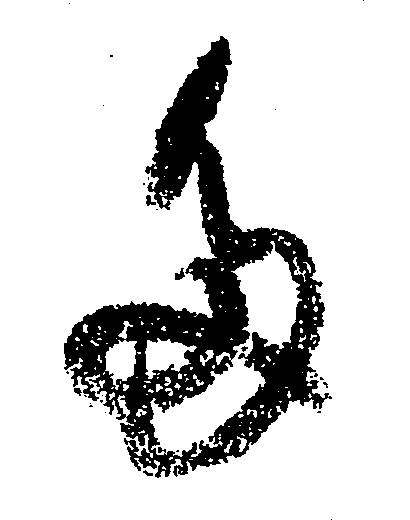
た